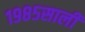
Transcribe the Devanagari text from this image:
१९८५साली